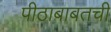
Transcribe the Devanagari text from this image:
पीठाबाबतची